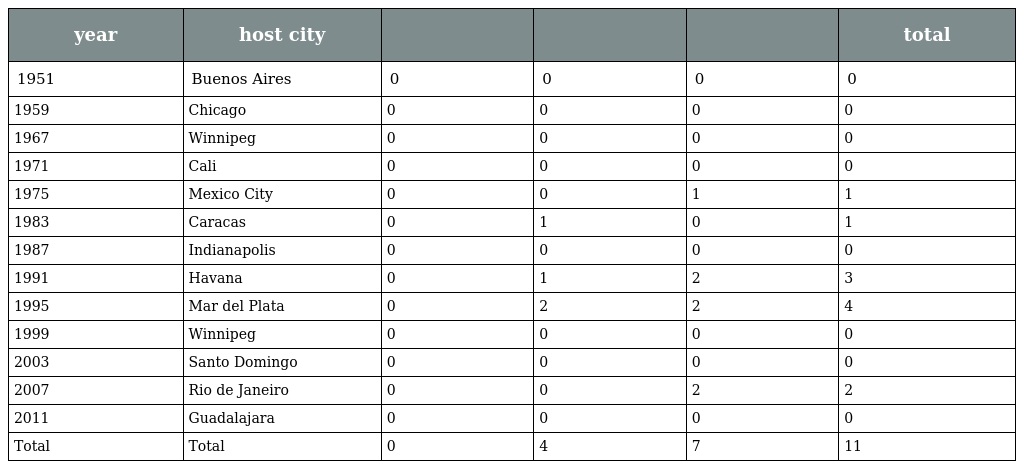
| year | host city |  |  |  | total |
 | --- | --- | --- | --- | --- | --- |
 | 1951 | Buenos Aires | 0 | 0 | 0 | 0 |
 | 1959 | Chicago | 0 | 0 | 0 | 0 |
 | 1967 | Winnipeg | 0 | 0 | 0 | 0 |
 | 1971 | Cali | 0 | 0 | 0 | 0 |
 | 1975 | Mexico City | 0 | 0 | 1 | 1 |
 | 1983 | Caracas | 0 | 1 | 0 | 1 |
 | 1987 | Indianapolis | 0 | 0 | 0 | 0 |
 | 1991 | Havana | 0 | 1 | 2 | 3 |
 | 1995 | Mar del Plata | 0 | 2 | 2 | 4 |
 | 1999 | Winnipeg | 0 | 0 | 0 | 0 |
 | 2003 | Santo Domingo | 0 | 0 | 0 | 0 |
 | 2007 | Rio de Janeiro | 0 | 0 | 2 | 2 |
 | 2011 | Guadalajara | 0 | 0 | 0 | 0 |
 | Total | Total | 0 | 4 | 7 | 11 |